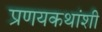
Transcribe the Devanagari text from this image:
प्रणयकथांशी